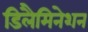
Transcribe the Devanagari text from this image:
डिलैमिनेशन